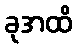
ခုအထိ